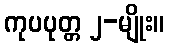
ကုပပုတ္တ ၂-မျိုး။